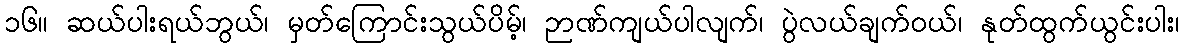
၁၆။ ဆယ်ပါးရယ်ဘွယ်၊ မှတ်ကြောင်းသွယ်ပိမ့်၊ ဉာဏ်ကျယ်ပါလျက်၊ ပွဲလယ်ချက်ဝယ်၊ နုတ်ထွက်ယွင်းပါး၊